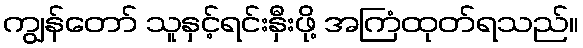
ကျွန်တော် သူနှင့်ရင်းနှီးဖို့ အကြံထုတ်ရသည်။